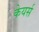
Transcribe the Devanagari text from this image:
केयर्स